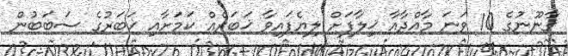
ޤާނޫނުގެ 10 ވަނަ މާއްދާއާ ޚިލާފަށް ލިޔެފައިވާ ޚަބަރެއް ކަމަށާއި ޚަބަރުގެ ސަބަބުން